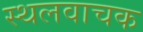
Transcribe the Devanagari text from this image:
स्थलवाचक